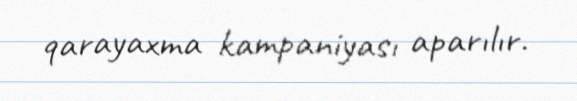
qarayaxma kampaniyası aparılır.